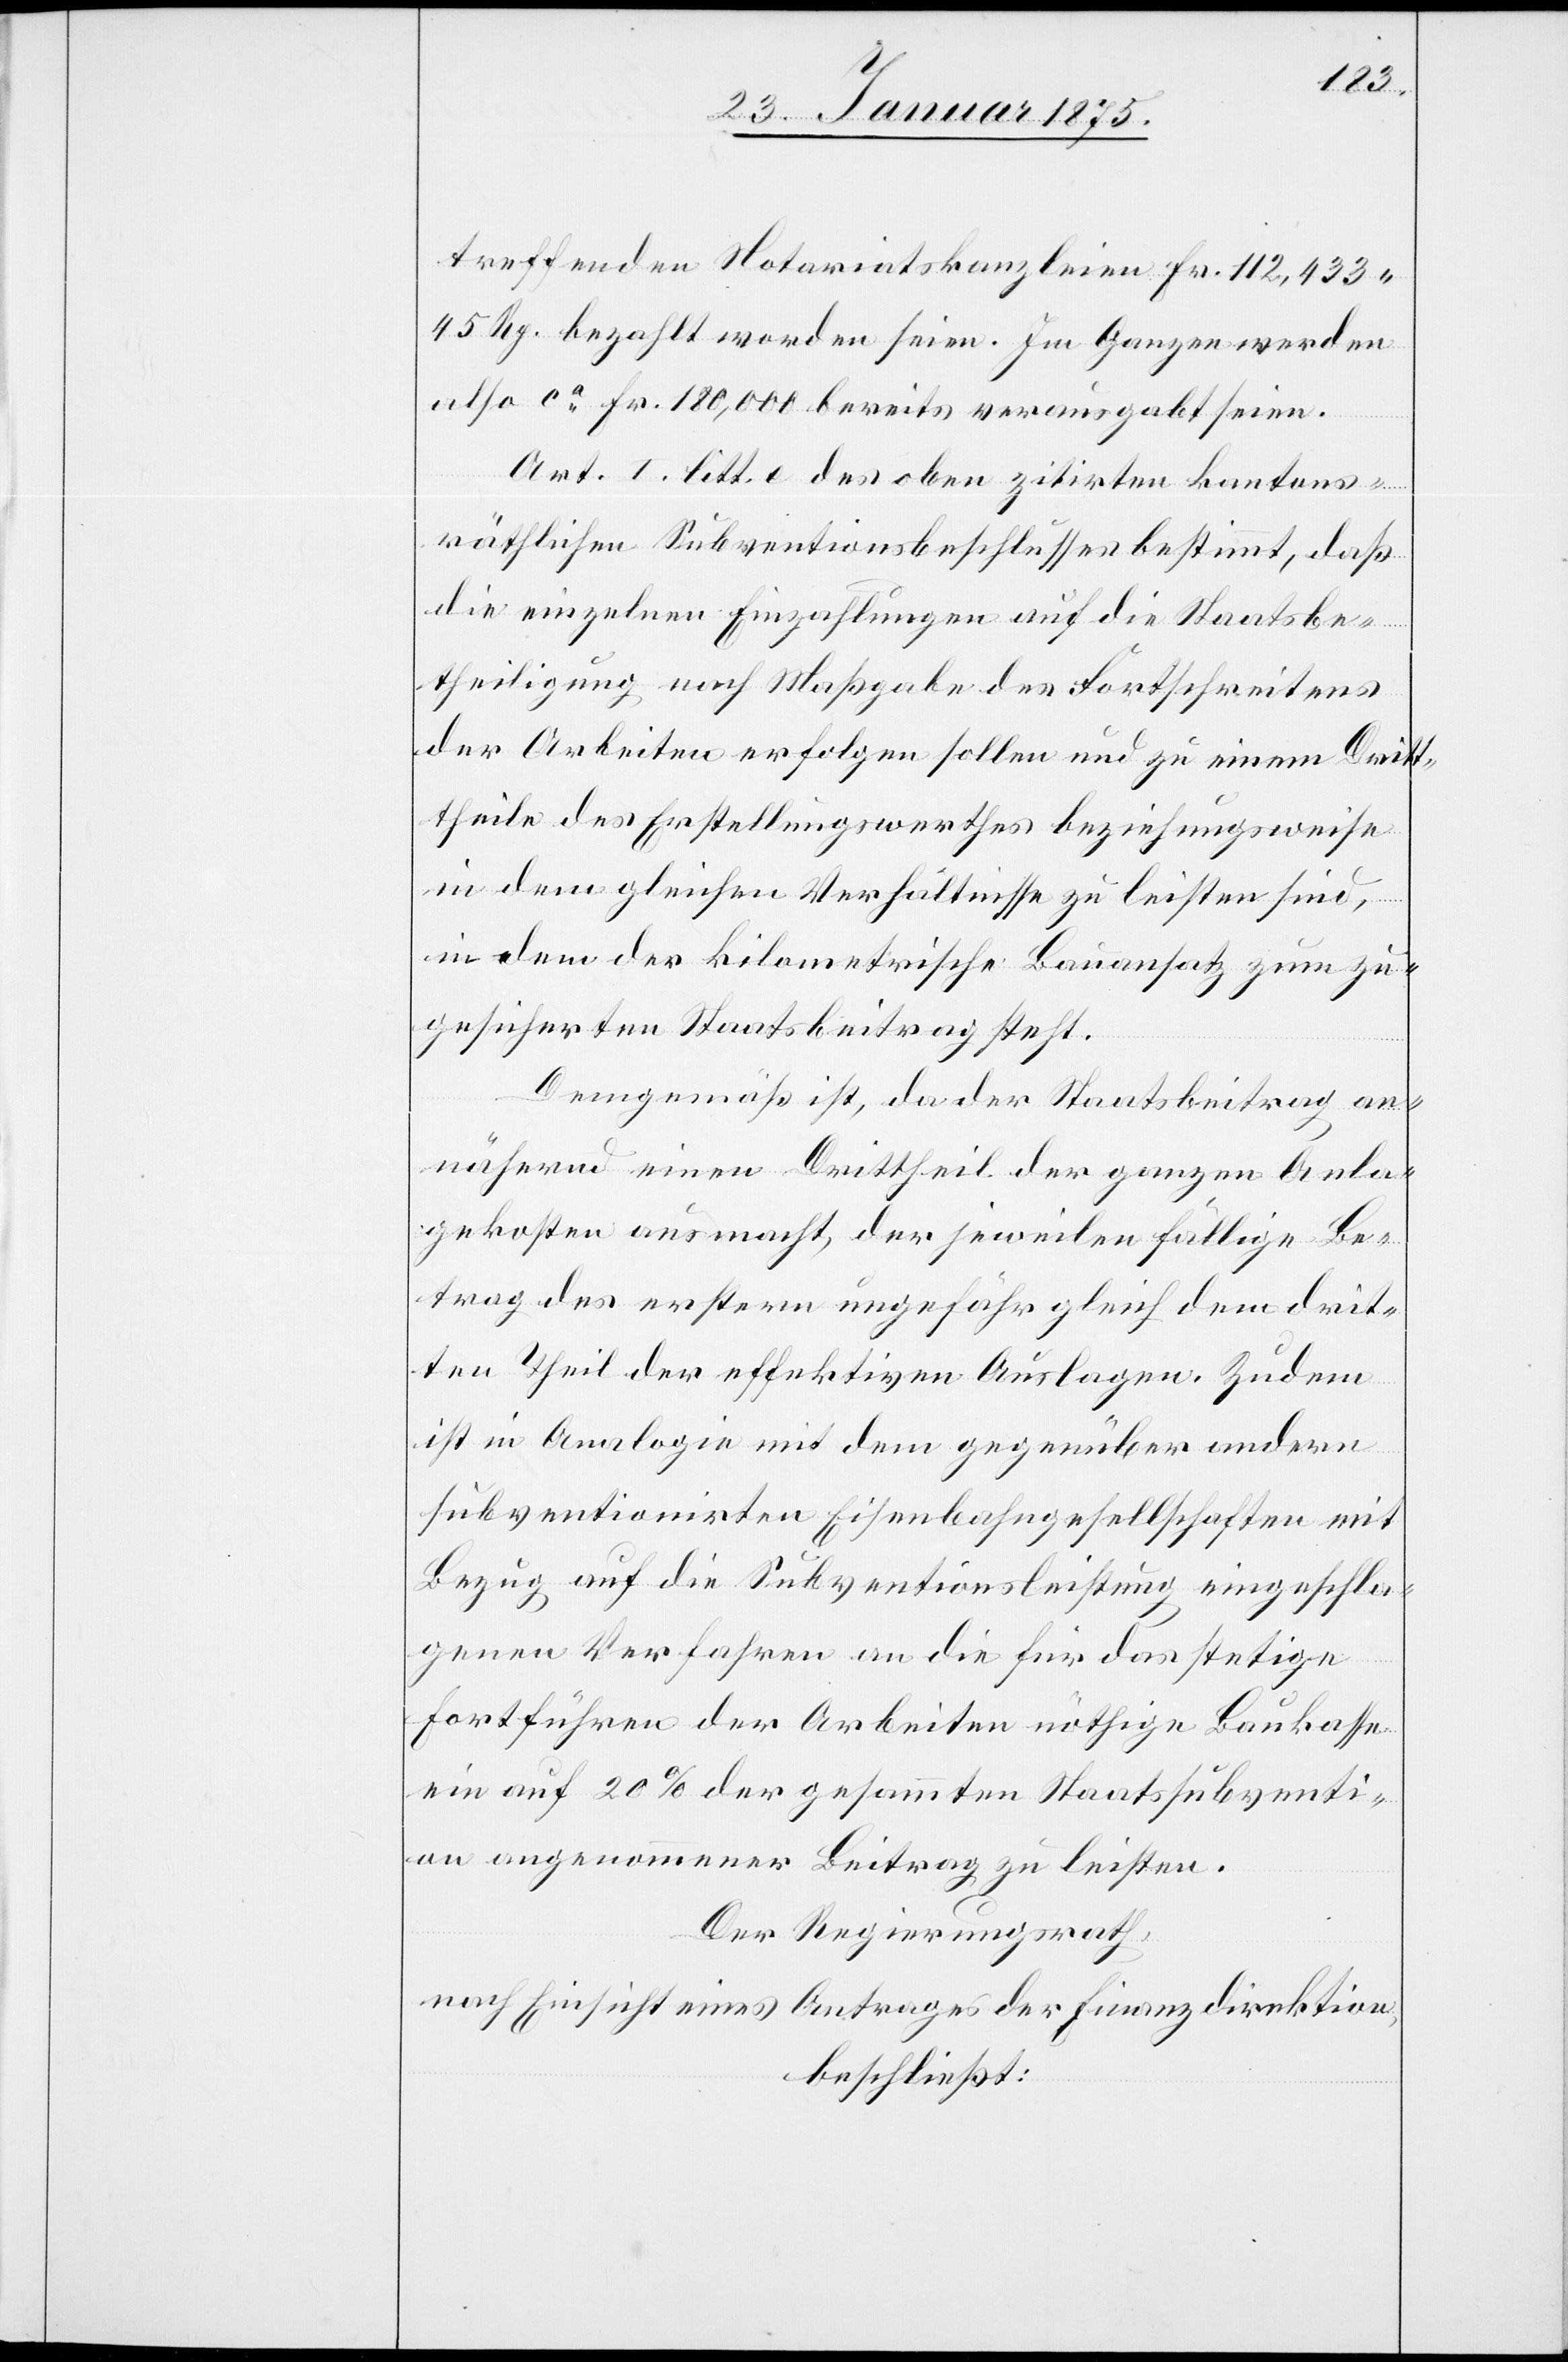
treffenden Notariatskanzleien Fr. 112,433.
45 Rp. bezahlt worden seien. Im Ganzen werden
also ca Fr. 180,000 bereits verausgabt sein.
Art. I. litt. e des oben zitirten kantons¬
räthlichen Subventionsbeschlusses bestimmt, daß
die einzelnen Einzahlungen auf die Staatsbe¬
theiligung nach Maßgabe des Fortschreitens
der Arbeiten erfolgen sollen und zu einem Dritt¬
theile des Erstellungswerthes beziehungsweise
in dem gleichen Verhältnisse zu leisten sind,
in dem der kilometrische Bauansatz zum zu¬
gesicherten Staatsbeitrag steht.
Demgemäß ist, da der Staatsbeitrag an¬
nähernd einen Drittheil der ganzen Anla¬
gekosten ausmacht, der jeweilen fällige Be¬
trag des erstern ungefähr gleich dem drit¬
ten Theil der effektiven Auslagen. Zudem
ist in Analogie mit dem gegenüber andern
subventionirten Eisenbahngesellschaften mit
Bezug auf die Subventionsleistung eingeschla¬
genen Verfahren an die für das stetige
Fortführen der Arbeiten nöthige Baukasse
ein auf 20% der gesammten Staatssubventi¬
on angenommener Beitrag zu leisten.
Der Regierungsrath,
nach Einsicht eines Antrages der Finanzdirektion,
beschließt: